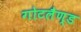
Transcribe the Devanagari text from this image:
गोटलैण्ड